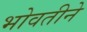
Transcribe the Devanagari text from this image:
भोवतीने